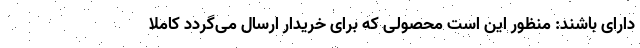
دارای باشند: منظور این است محصولی که برای خریدار ارسال می‌گردد کاملاً